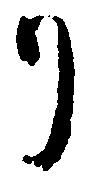
リ